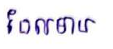
ដែលមាន